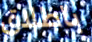
باطلاق